Punjab Mental Hospital Lahore 1922-31 - 1922-1931
Year: 1922
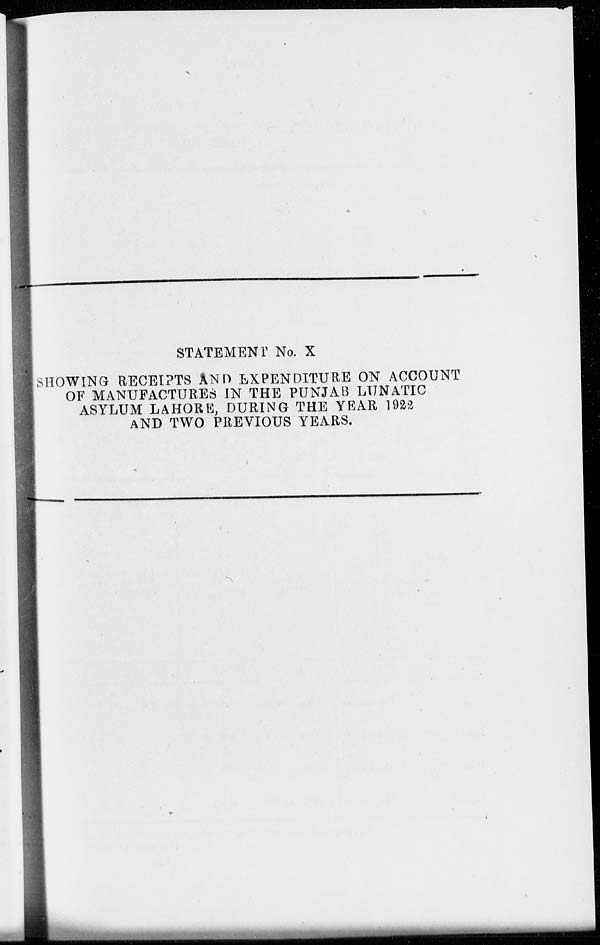
STATEMENT No. X
SHOWING RECEIPTS AND EXPENDITURE ON ACCOUNT
OF MANUFACTURES IN THE PUNJAB LUNATIC
ASYLUM LAHORE, DURING THE YEAR 1922
AND TWO PREVIOUS YEARS.